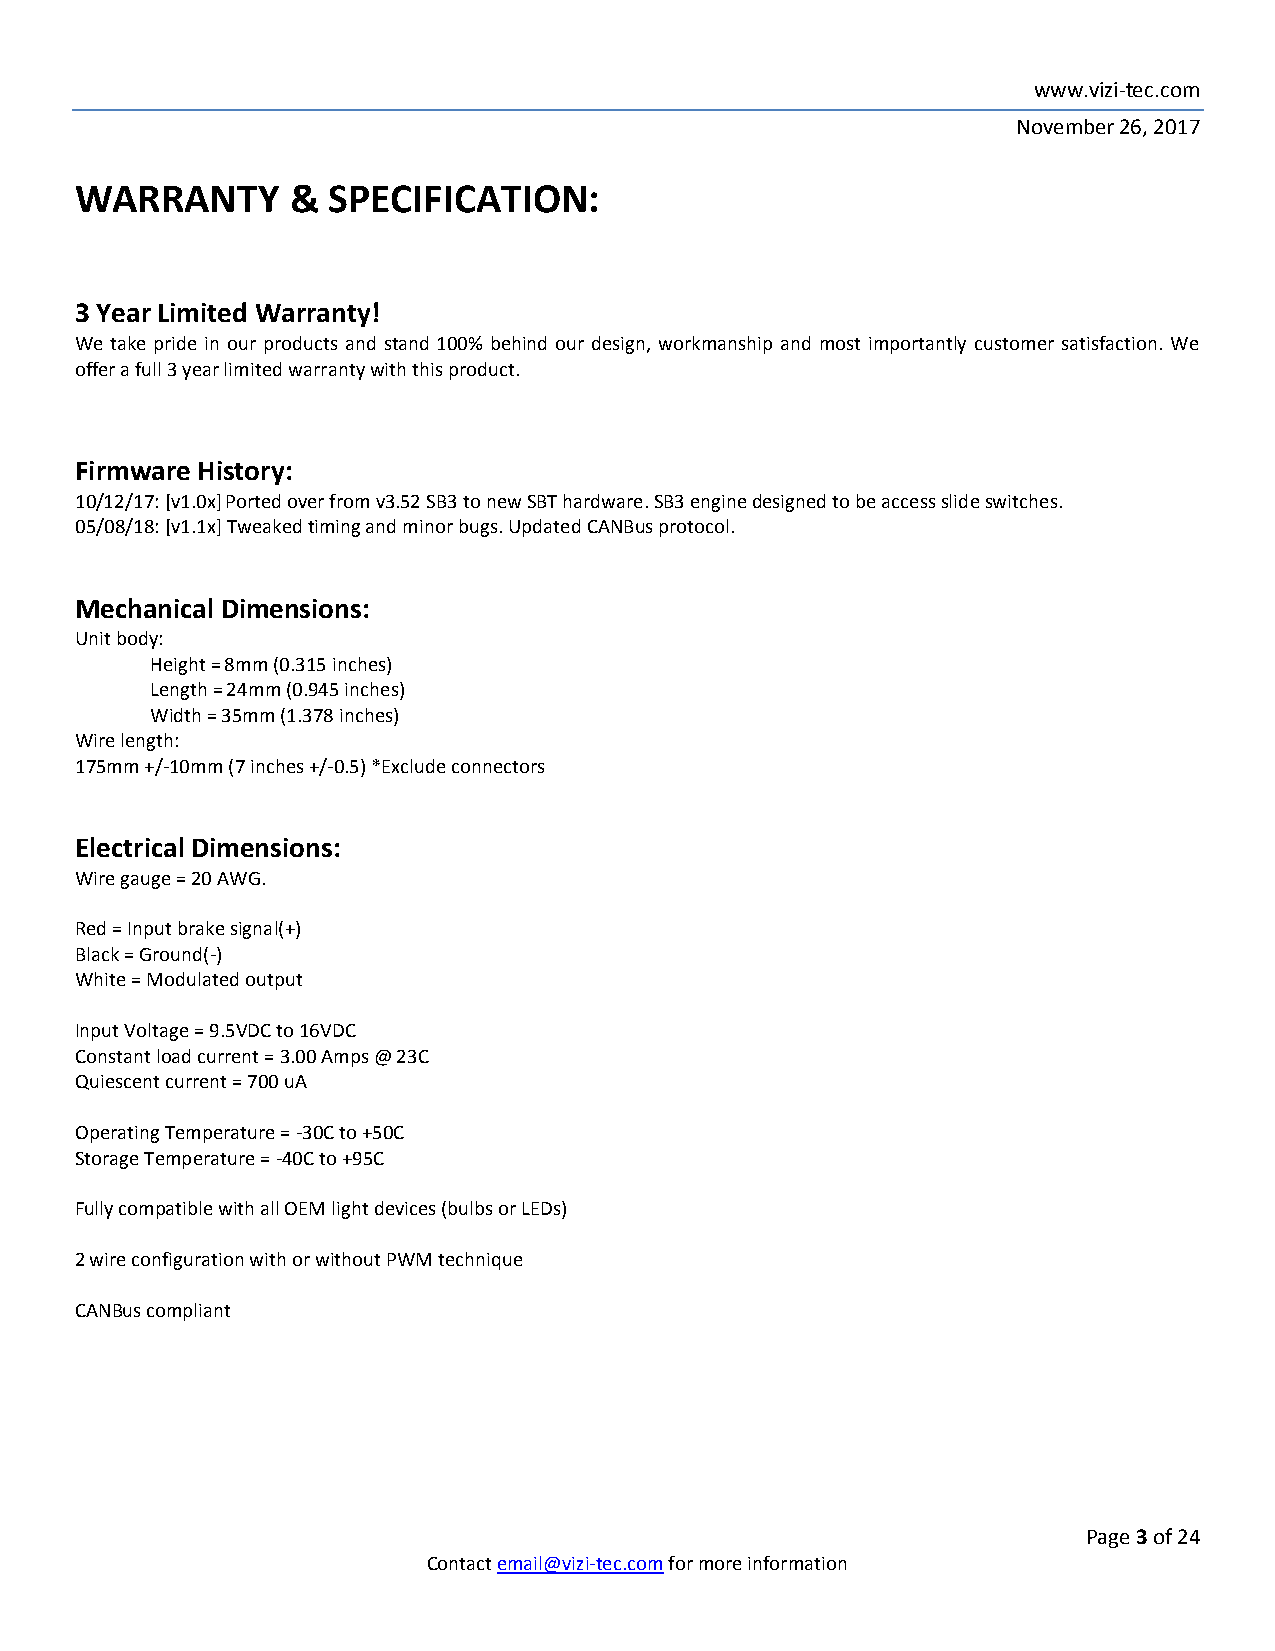
www.vizi-tec.com
 November 26, 2017
 WARRANTY      &  SPECIFICATION:
 3 Year Limited Warranty!
 We take pride in our products and stand 100% behind our design, workmanship and most importantly customer satisfaction. We
 offer a full 3 year limited warranty with this product.
 Firmware History:
 10/12/17: [v1.0x] Ported over from v3.52 SB3 to new SBT hardware. SB3 engine designed to be access slide switches.
 05/08/18: [v1.1x] Tweaked timing and minor bugs. Updated CANBus protocol.
 Mechanical Dimensions:
 Unit body:
 Height = 8mm (0.315 inches)
 Length = 24mm (0.945 inches)
 Width = 35mm (1.378 inches)
 Wire length:
 175mm +/-10mm (7 inches +/-0.5) *Exclude connectors
 Electrical Dimensions:
 Wire gauge = 20 AWG.
 Red = Input brake signal(+)
 Black = Ground(-)
 White = Modulated output
 Input Voltage = 9.5VDC to 16VDC
 Constant load current = 3.00 Amps @ 23C
 Quiescent current = 700 uA
 Operating Temperature = -30C to +50C
 Storage Temperature = -40C to +95C
 Fully compatible with all OEM light devices (bulbs or LEDs)
 2 wire configuration with or without PWM technique
 CANBus compliant
 Page 3 of 24
 Contact email@vizi-tec.com for more information